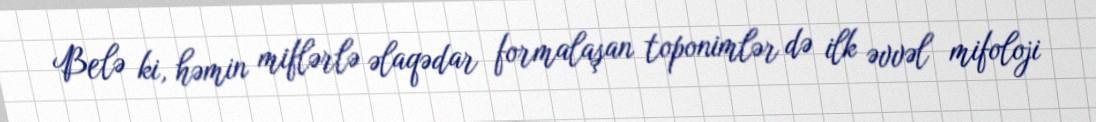
Belə ki, həmin miflərlə əlaqədar formalaşan toponimlər də ilk əvvəl mifoloji